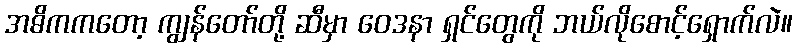
အဓိကကတော့ ကျွန်တော်တို့ ဆီမှာ ဝေဒနာ ရှင်တွေကို ဘယ်လိုစောင့်ရှောက်လဲ။